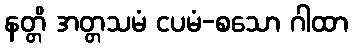
နတ္တိ အတ္တသမံ ငပမံ-စသော ဂါထာ